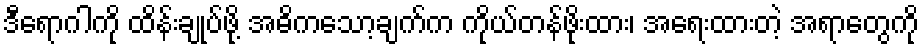
ဒီရောဂါကို ထိန်းချုပ်ဖို့ အဓိကသော့ချက်က ကိုယ်တန်ဖိုးထား၊ အရေးထားတဲ့ အရာတွေကို